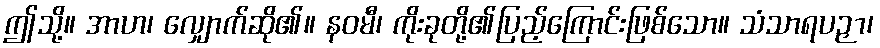
ဤသို့။ အာဟ၊ လျှောက်ဆို၏။ နဝမီ၊ ကိုးခုတို့၏ပြည့်ကြောင်းဖြစ်သော။ သံသာရပဉှာ၊